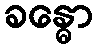
ခန္ဓော